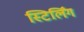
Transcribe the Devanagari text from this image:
स्टिर्लिंग